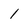
Character: 1